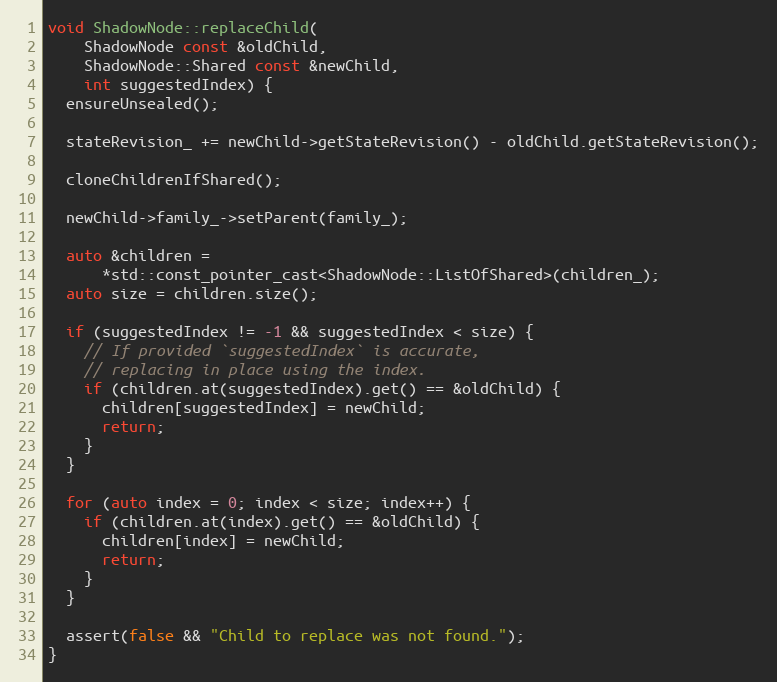
Language: C++
void ShadowNode::replaceChild(
    ShadowNode const &oldChild,
    ShadowNode::Shared const &newChild,
    int suggestedIndex) {
  ensureUnsealed();

  stateRevision_ += newChild->getStateRevision() - oldChild.getStateRevision();

  cloneChildrenIfShared();

  newChild->family_->setParent(family_);

  auto &children =
      *std::const_pointer_cast<ShadowNode::ListOfShared>(children_);
  auto size = children.size();

  if (suggestedIndex != -1 && suggestedIndex < size) {
    // If provided `suggestedIndex` is accurate,
    // replacing in place using the index.
    if (children.at(suggestedIndex).get() == &oldChild) {
      children[suggestedIndex] = newChild;
      return;
    }
  }

  for (auto index = 0; index < size; index++) {
    if (children.at(index).get() == &oldChild) {
      children[index] = newChild;
      return;
    }
  }

  assert(false && "Child to replace was not found.");
}